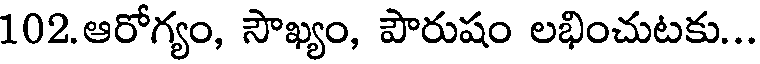
102.ఆరోగ్యం, సౌఖ్యం, పౌరుషం లభించుటకు...